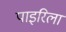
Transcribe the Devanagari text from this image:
पाइरिला